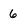
Character: 6